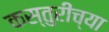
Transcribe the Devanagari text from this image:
कस्तुरीच्या